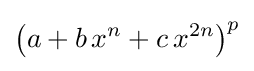
\left(a+b\,x^{n}+c\,x^{2n}\right)^{p}